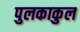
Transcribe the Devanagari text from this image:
पुलकाकुल